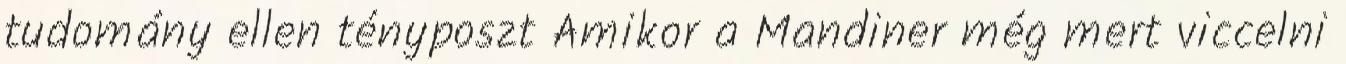
tudomány ellen tényposzt Amikor a Mandiner még mert viccelni